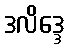
ဒလိဒ္ဒေ